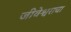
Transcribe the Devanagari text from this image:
जीवेश्वराचा